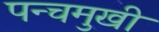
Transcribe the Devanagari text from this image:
पन्चमुखी